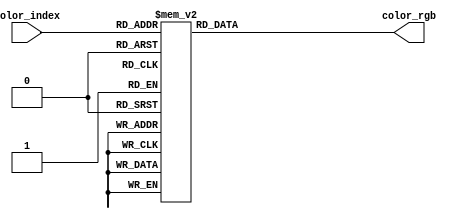
// VGA 16 Color Palette:
// https://en.wikipedia.org/wiki/Color_Graphics_Adapter

module index_color_to_rgb (
    input wire [3:0] color_index,
    output reg [23:0] color_rgb
);
    always @ (*) begin
        case (color_index)
            4'd0: color_rgb = 24'b00000000_00000000_00000000; // #000000 = black
            4'd1: color_rgb = 24'b00000000_00000000_10101010; // #0000aa = blue
            4'd2: color_rgb = 24'b00000000_10101010_00000000; // #00aa00 = green
            4'd3: color_rgb = 24'b00000000_10101010_10101010; // #00aaaa = cyan
            4'd4: color_rgb = 24'b10101010_00000000_00000000; // #aa0000 = red
            4'd5: color_rgb = 24'b10101010_00000000_10101010; // #aa00aa = magenta
            4'd6: color_rgb = 24'b10101010_01010101_00000000; // #aa5500 = brown
            4'd7: color_rgb = 24'b10101010_10101010_10101010; // #aaaaaa = light gray
            4'd8: color_rgb = 24'b01010101_01010101_01010101; // #555555 = dark gray
            4'd9: color_rgb = 24'b01010101_01010101_11111111; // #5555ff = light blue
            4'd10: color_rgb = 24'b01010101_11111111_01010101; // #55ff55 = light green
            4'd11: color_rgb = 24'b01010101_11111111_11111111; // #55ffff = light cyan
            4'd12: color_rgb = 24'b11111111_01010101_01010101; // #ff5555 = light red
            4'd13: color_rgb = 24'b11111111_01010101_11111111; // #ff55ff = light magenta
            4'd14: color_rgb = 24'b11111111_11111111_01010101; // #ffff55 = yellow
            4'd15: color_rgb = 24'b11111111_11111111_11111111; // #ffffff = white
        endcase
    end
endmodule